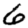
Digit: 6